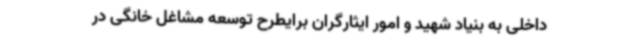
داخلی به بنیاد شهید و امور ایثارگران برایطرح توسعه مشاغل خانگی در